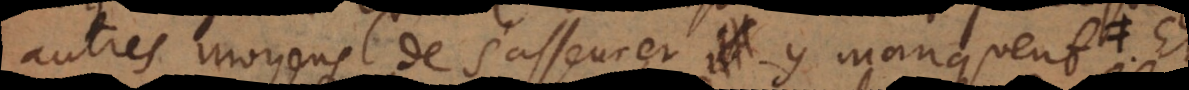
autres moyens de s’asseurer y manquent. Et